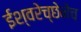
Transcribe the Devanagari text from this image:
ईश्वरेच्छेनेच